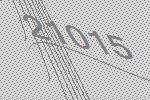
21015